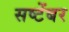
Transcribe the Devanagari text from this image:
सष्टेंबर